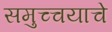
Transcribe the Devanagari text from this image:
समुच्चयाचे